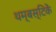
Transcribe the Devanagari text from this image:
थम्बस्टिकें